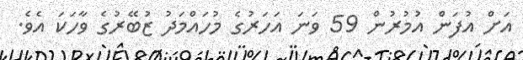
އަށް އުފަން އުމުރުން 59 ވަނަ އަހަރުގެ މުހައްމަދު ޒުބޭރުގެ ވާހަކަ އެވެ.